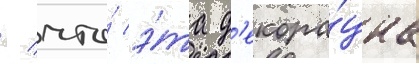
/ что́ э́та д'екора́циа